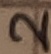
Text: 2